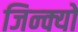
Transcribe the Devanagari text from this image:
जिन्क्यो